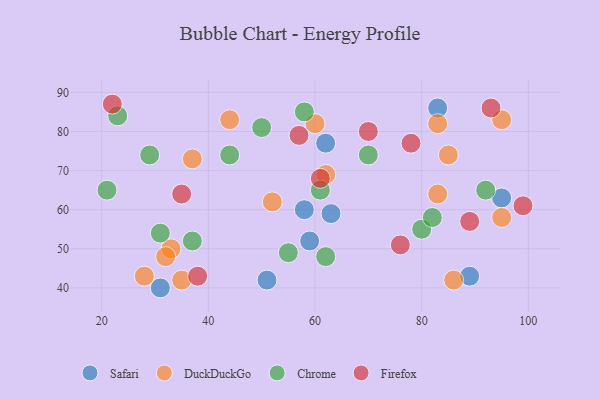
{"axis": {"x": "GDP", "y": "Life Expectancy"}, "legend": ["Chrome", "DuckDuckGo", "Firefox", "Safari"], "data": [{"x": "31", "y": 40, "type": "Safari"}, {"x": "83", "y": 86, "type": "Safari"}, {"x": "62", "y": 77, "type": "Safari"}, {"x": "89", "y": 43, "type": "Safari"}, {"x": "95", "y": 63, "type": "Safari"}, {"x": "59", "y": 52, "type": "Safari"}, {"x": "63", "y": 59, "type": "Safari"}, {"x": "51", "y": 42, "type": "Safari"}, {"x": "58", "y": 60, "type": "Safari"}, {"x": "44", "y": 83, "type": "DuckDuckGo"}, {"x": "95", "y": 83, "type": "DuckDuckGo"}, {"x": "28", "y": 43, "type": "DuckDuckGo"}, {"x": "52", "y": 62, "type": "DuckDuckGo"}, {"x": "33", "y": 50, "type": "DuckDuckGo"}, {"x": "83", "y": 64, "type": "DuckDuckGo"}, {"x": "32", "y": 48, "type": "DuckDuckGo"}, {"x": "86", "y": 42, "type": "DuckDuckGo"}, {"x": "95", "y": 58, "type": "DuckDuckGo"}, {"x": "85", "y": 74, "type": "DuckDuckGo"}, {"x": "60", "y": 82, "type": "DuckDuckGo"}, {"x": "35", "y": 42, "type": "DuckDuckGo"}, {"x": "62", "y": 69, "type": "DuckDuckGo"}, {"x": "83", "y": 82, "type": "DuckDuckGo"}, {"x": "37", "y": 73, "type": "DuckDuckGo"}, {"x": "29", "y": 74, "type": "Chrome"}, {"x": "80", "y": 55, "type": "Chrome"}, {"x": "21", "y": 65, "type": "Chrome"}, {"x": "61", "y": 65, "type": "Chrome"}, {"x": "62", "y": 48, "type": "Chrome"}, {"x": "82", "y": 58, "type": "Chrome"}, {"x": "50", "y": 81, "type": "Chrome"}, {"x": "58", "y": 85, "type": "Chrome"}, {"x": "70", "y": 74, "type": "Chrome"}, {"x": "92", "y": 65, "type": "Chrome"}, {"x": "44", "y": 74, "type": "Chrome"}, {"x": "55", "y": 49, "type": "Chrome"}, {"x": "31", "y": 54, "type": "Chrome"}, {"x": "23", "y": 84, "type": "Chrome"}, {"x": "37", "y": 52, "type": "Chrome"}, {"x": "99", "y": 61, "type": "Firefox"}, {"x": "61", "y": 68, "type": "Firefox"}, {"x": "76", "y": 51, "type": "Firefox"}, {"x": "70", "y": 80, "type": "Firefox"}, {"x": "93", "y": 86, "type": "Firefox"}, {"x": "89", "y": 57, "type": "Firefox"}, {"x": "22", "y": 87, "type": "Firefox"}, {"x": "38", "y": 43, "type": "Firefox"}, {"x": "35", "y": 64, "type": "Firefox"}, {"x": "78", "y": 77, "type": "Firefox"}, {"x": "57", "y": 79, "type": "Firefox"}]}